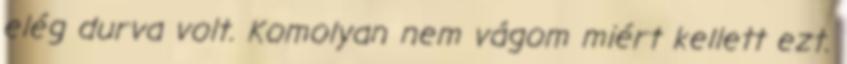
elég durva volt. Komolyan nem vágom miért kellett ezt.